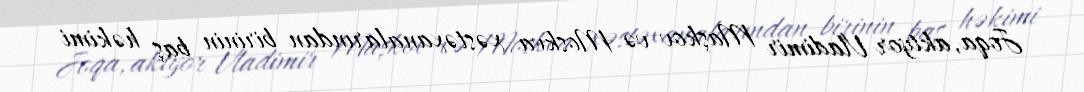
Joqa, aktyor Vladimir Maşkov və Moskva xəstəxanalarından birinin baş həkimi